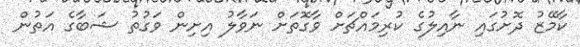
ކާމޭޒު ދޮށުގައި ނާއިލުގެ ކުރިމައްޗަށް ވާގޮތަށް ނަވާލު އިށިން ވަގުތު ޝަބާގެ އަތުން